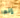
إنها